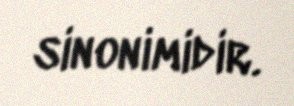
sinonimidir.